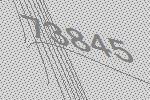
73845